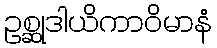
ဥစ္ဆုဒါယိကာဝိမာနံ